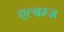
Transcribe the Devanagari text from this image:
एल्बम्ज़